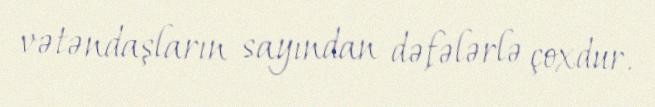
vətəndaşların sayından dəfələrlə çoxdur.